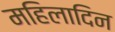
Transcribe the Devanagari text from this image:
महिलादिन